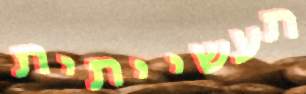
תעשייתית